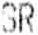
SR